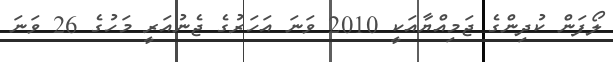
ލޯފަން ކުދިންގެ ޖަމިއްޔާއަކީ 2010 ވަނަ އަހަރުގެ ޖެނުއަރީ މަހުގެ 26 ވަނަ